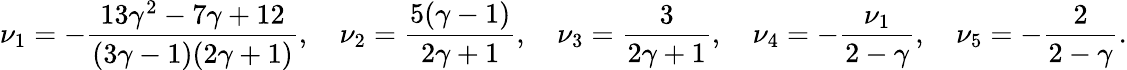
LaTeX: \nu_{1}=-{\frac{13\gamma^{2}-7\gamma+12}{(3\gamma-1)(2\gamma+1)}},\quad\nu_{2}={\frac{5(\gamma-1)}{2\gamma+1}},\quad\nu_{3}={\frac{3}{2\gamma+1}},\quad\nu_{4}=-{\frac{\nu_{1}}{2-\gamma}},\quad\nu_{5}=-{\frac{2}{2-\gamma}}.